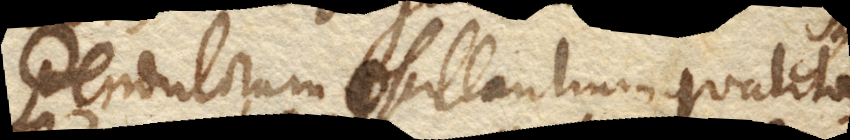
Pendulorum oscillantium qualita–